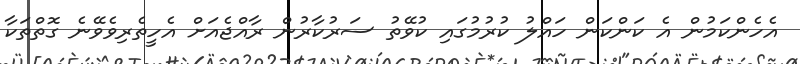
އެހެންކަމުން އެ ކަންކަން ހައްލު ކުރުމުގައި ކުވޭތު ސަރުކާރުން ރާއްޖެއަށް އެހީތެރިވެވޭނެ ގޮތްތަކާ